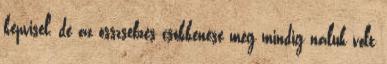
képvisel, de az összsebzés csökkenése még mindig náluk volt